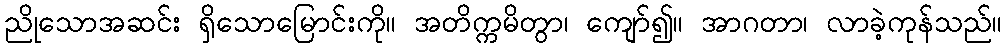
ညိုသောအဆင်း ရှိသောမြောင်းကို။ အတိက္ကမိတွာ၊ ကျော်၍။ အာဂတာ၊ လာခဲ့ကုန်သည်။